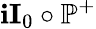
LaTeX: \mathbf{i}\textbf{{I}}_{0}\circ\mathbb{{P}}^{+}